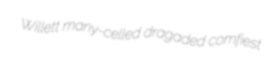
Willett many-celled dragaded comfiest